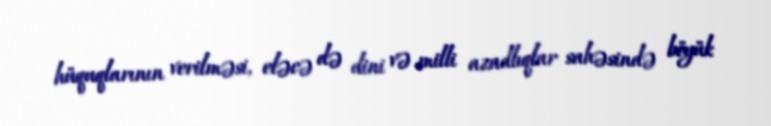
hüquqlarının verilməsi, eləcə də dini və milli azadlıqlar sahəsində böyük